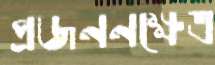
প্রজননক্ষেত্র